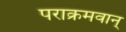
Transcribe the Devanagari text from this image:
पराक्रमवान्